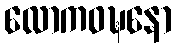
လောကဝဍ္ဎနော